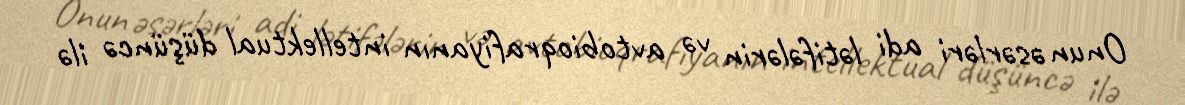
Onun əsərləri adi lətifələrin və avtobioqrafiyanın intellektual düşüncə ilə